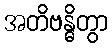
အတိဗန္ဓိတွာ